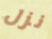
نزل